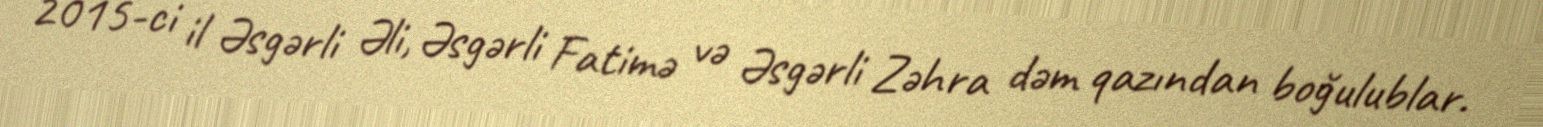
2015-ci il Əsgərli Əli, Əsgərli Fatimə və Əsgərli Zəhra dəm qazından boğulublar.